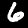
Label: 6